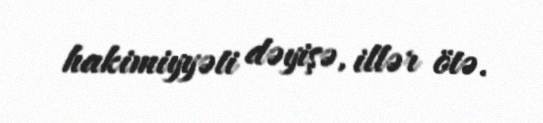
hakimiyyəti dəyişə, illər ötə.